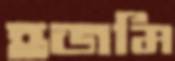
হজমি